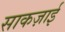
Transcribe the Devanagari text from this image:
साकज़ाई